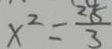
x ^ { 2 } = \frac { 2 8 } { 3 }